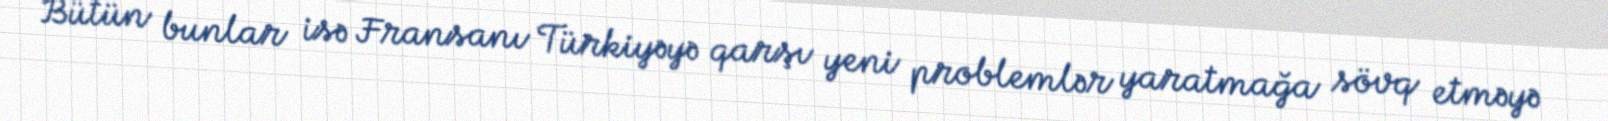
Bütün bunlar isə Fransanı Türkiyəyə qarşı yeni problemlər yaratmağa sövq etməyə